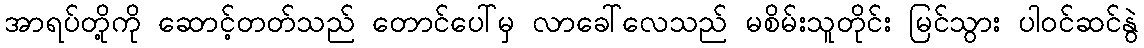
အာရပ်တို့ကို ဆောင့်တတ်သည် တောင်ပေါ်မှ လာခေါ်လေသည် မစိမ်းသူတိုင်း မြင်သွား ပါဝင်ဆင်နွဲ